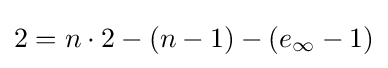
2=n\cdot 2-(n-1)-(e_{\infty }-1)